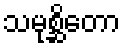
သမုစ္ဆိတော